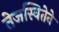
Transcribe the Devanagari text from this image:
तेजस्वितेने